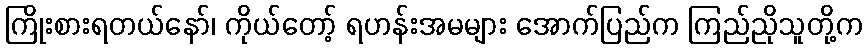
ကြိုးစားရတယ်နော်၊ ကိုယ်တော့် ရဟန်းအမများ အောက်ပြည်က ကြည်ညိုသူတို့က